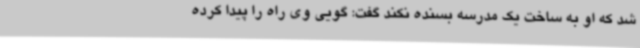
شد که او به ساخت یک مدرسه بسنده نکند گفت: گویی وی راه را پیدا کرده